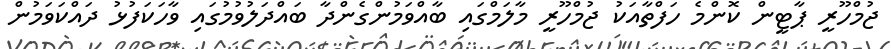
ޖުމްހޫރީ ޕާޓީން ކޮންމެ ހަފްތާއަކު ޖުމްހޫރީ މާލަމްގައި ބާއްވަމުންގެންދާ ބައްދަލުވުމުގައި ވާހަކަފުޅު ދައްކަވަމުން